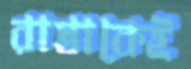
রাস্তাকেই